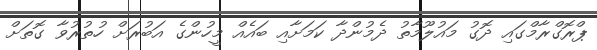
ޕްރޮގްރާމްގައި ދޮގު މައުލޫމާތު ދެމުންދާ ކަމަށާއި ބައެއް މީހުންގެ އަބުރަށް ހުތުރުވާ ގޮތަށް